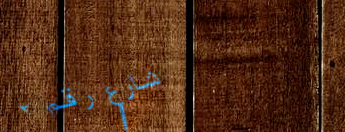
شارع رقم ٢